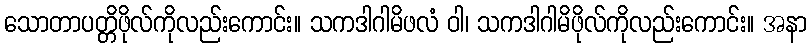
သောတာပတ္တိဖိုလ်ကိုလည်းကောင်း။ သကဒါဂါမိဖလံ ဝါ၊ သကဒါဂါမိဖိုလ်ကိုလည်းကောင်း။ အနာ